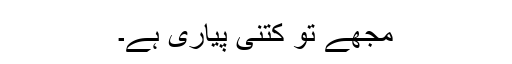
مجھے تو کتنی پیاری ہے۔